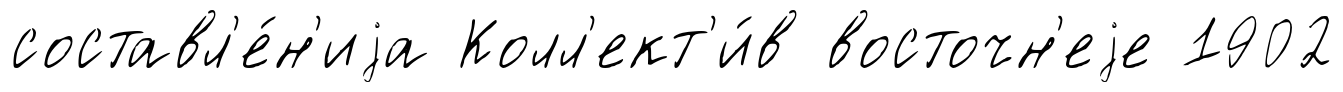
составл'е́н'иjа Колл'ект'и́в восточн'еjе 1902